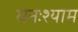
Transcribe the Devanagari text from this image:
घनःश्याम